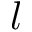
l